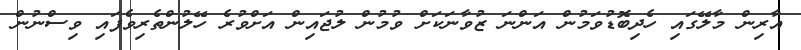
އާރިން މާލޭގައި ހެދިބޮޑުވަމުން އަންނަ ޒުވާނަކަށް ވުމުން ލުޖައިން އަށްވުރެ ހޭލުންތެރިވެފައި ވިސްނުން